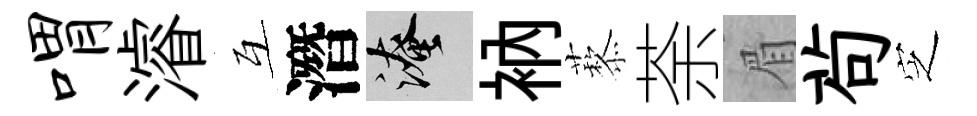
喟濬互潛淹衲藜荼眉茍㝎